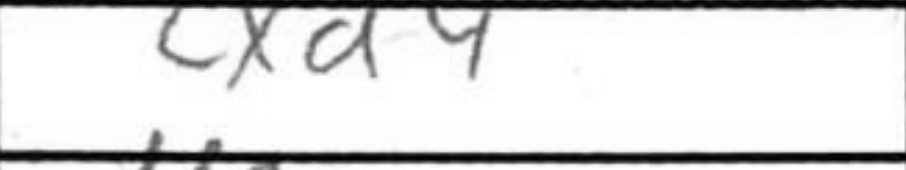
Transcription: cxd4